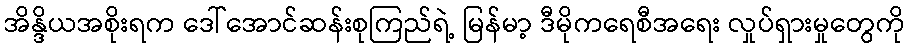
အိန္ဒိယအစိုးရက ဒေါ်အောင်ဆန်းစုကြည်ရဲ့ မြန်မာ့ ဒီမိုကရေစီအရေး လှုပ်ရှားမှုတွေကို